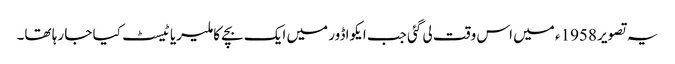
یہ تصویر 1958ء میں اس وقت لی گئی جب ایکواڈور میں ایک بچے کا ملیریا ٹیسٹ کیا جا رہا تھا۔